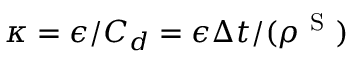
\kappa = \epsilon / C _ { d } = \epsilon \Delta t / ( \rho ^ { \mathrm { ~ S ~ } } )